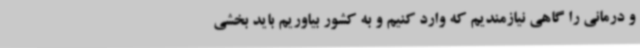
و درمانی را گاهی نیازمندیم که وارد کنیم و به کشور بیاوریم باید بخشی